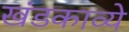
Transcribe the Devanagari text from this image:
खंडकाव्ये